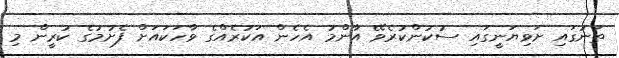
ތަނުގައި ށަވިޔަނީގައި ސުކުންކުރެވޭ އާންމު އެހެން އަކުރެއްގެ ވާހަކައަށް ފެށުމުގެ ކުރީން މި